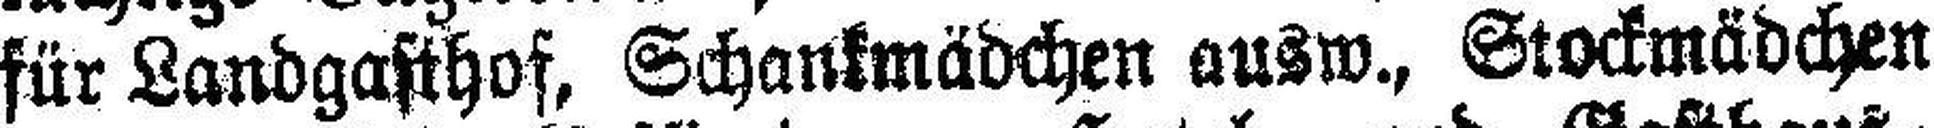
für Landgasthof, Schankmädchen ausw., Stockmädchen